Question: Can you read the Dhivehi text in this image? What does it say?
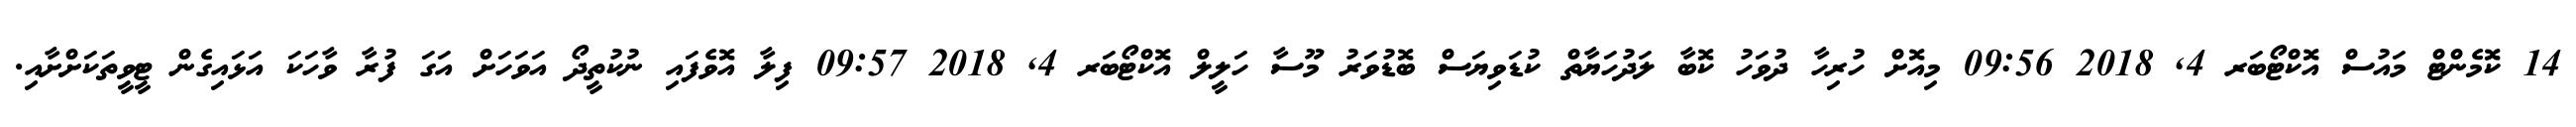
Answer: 14 ކޮމެންޓް މައުސް އޮކްޓޯބަރ 4, 2018 09:56 މިއޮށް ހުރިހާ ދުވަހު ކޮބާ ލަދުހަޔާތް ކުޑަވިޔަސް ބޮޑުވަރު މޫސާ ހަލީލް އޮކްޓޯބަރ 4, 2018 09:57 ފިލާ އޮވެފައި ނުކުތީދޯ އަވަހަށް އަގަ ފުރާ ވާހަކަ އަޅައިގެން ޓީވީތަކަށްށާއި.